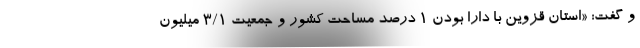
و گفت: «استان قزوین با دارا بودن 1 درصد مساحت کشور و جمعیت 3/1 میلیون